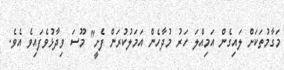
މަގާމުތަކަށް ލައިގެން އަމިއްލަ ހަރު މުދާހެން އަމަލުކުރަން ފެށީ" މޫސަ ވިދާޅުވެފައިވެ އެވެ.